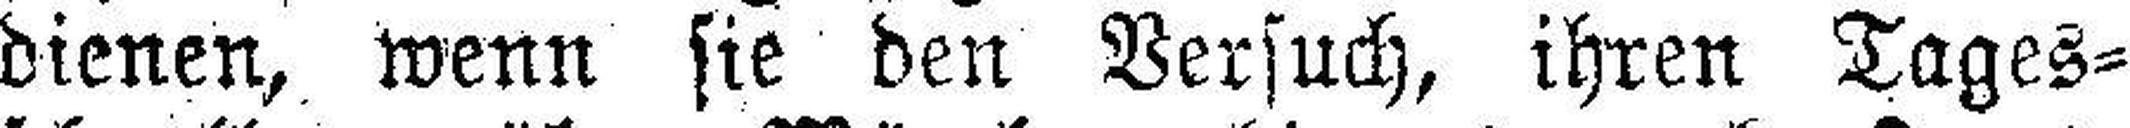
dienen, wenn sie den Versuch, ihren Tages¬